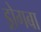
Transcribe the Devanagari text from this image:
ड्रोगबा